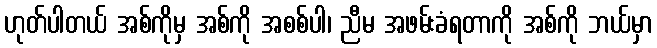
ဟုတ်ပါတယ် အစ်ကိုမှ အစ်ကို အစစ်ပါ၊ ညီမ အဖမ်းခံရတာကို အစ်ကို ဘယ်မှာ